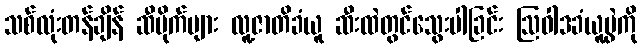
သစ်လုံးတန်ချိန် ဆီပိုက်များ လူ့ဇာတိခံယူ ဆီးထဲတွင်သွေးပါခြင်း ဩဝါဒခံယူပွဲကို